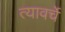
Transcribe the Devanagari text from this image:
त्यावर्चे